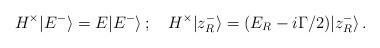
LaTeX: \begin{align*}H^{\times}|E^{-}\rangle=E|E^{-}\rangle\,;\quad H^{\times}|z_{R}^{-}\rangle=(E_{R}-i\Gamma/2)|z_{R}^{-}\rangle\, .\end{align*}